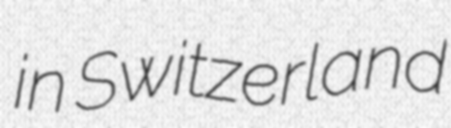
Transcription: in Switzerland